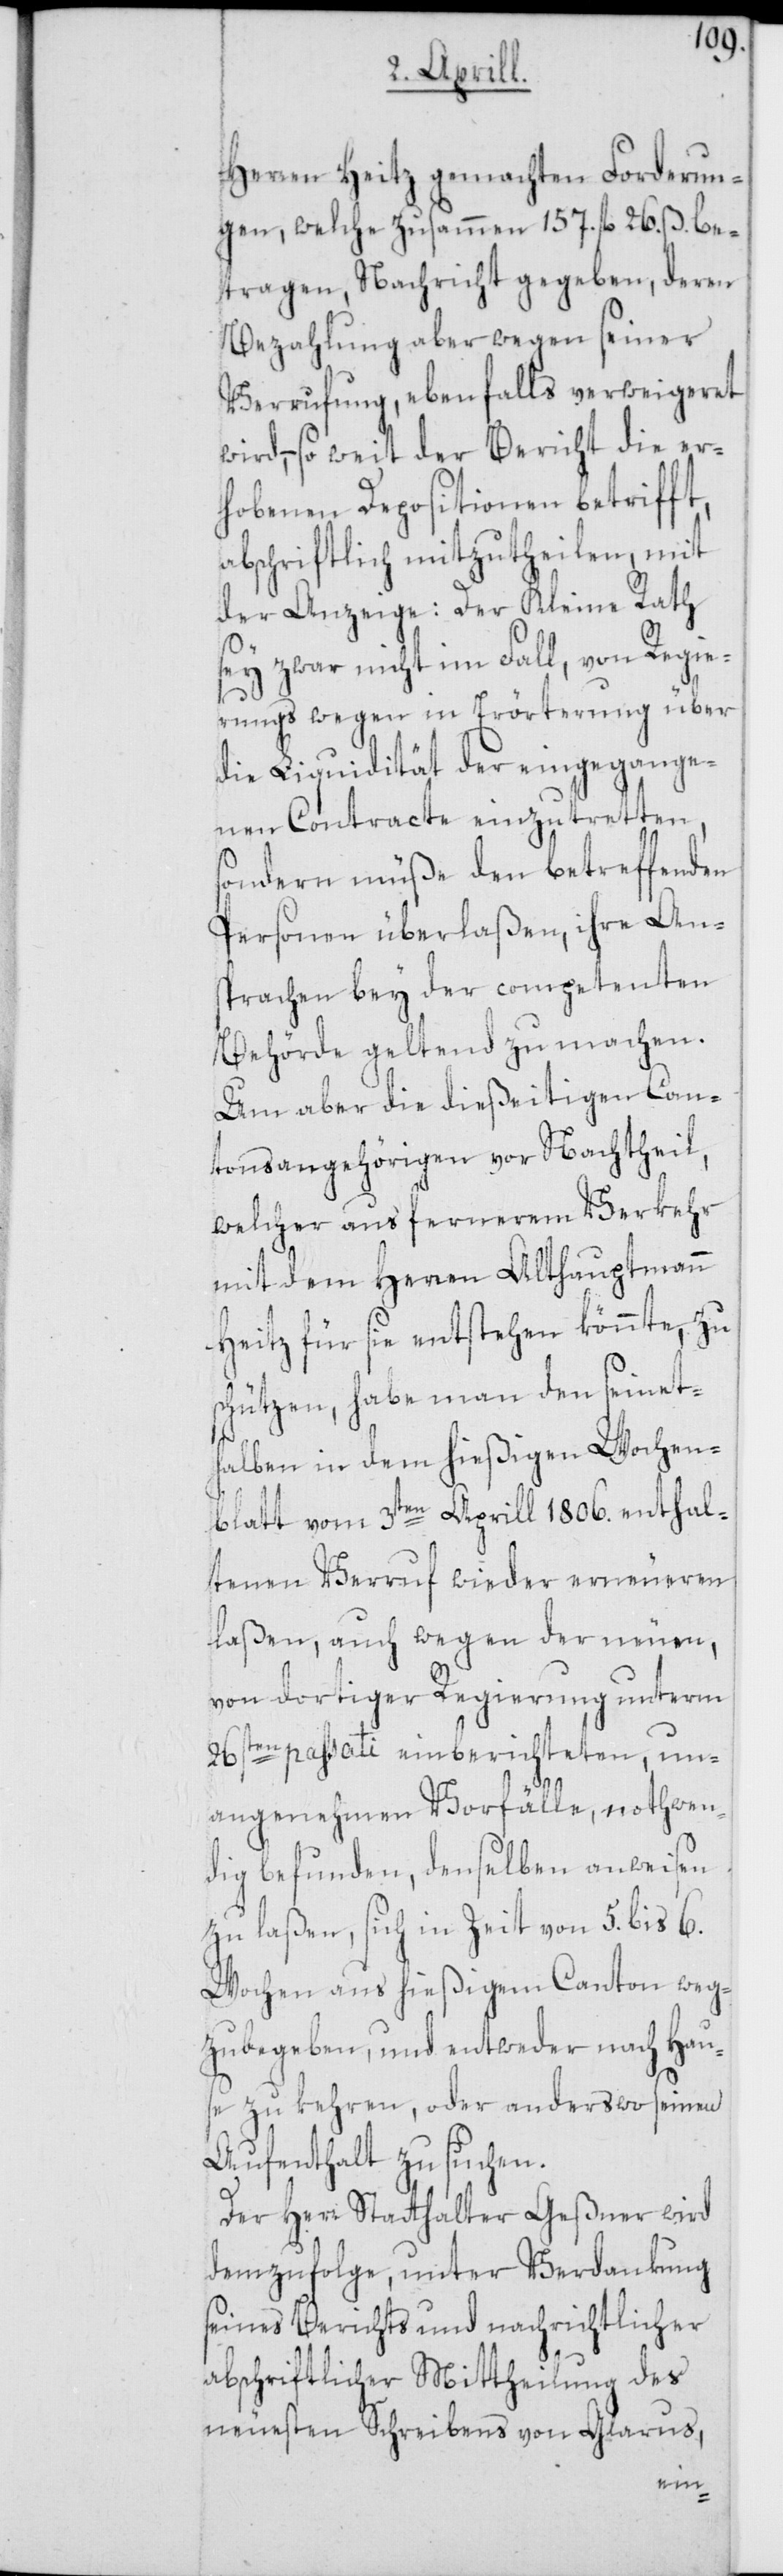
Herren Heitz gemachten Forderun¬
gen, welche zusammen 157. fl. 26. ß. be¬
tragen, Nachricht gegeben, deren
Bezahlung aber wegen seiner
Verrufung, ebenfalls verweigeret
wird, – so weit der Bericht die er¬
hobenen Depositionen betriff¬
abschriftlich mitzutheilen, mit
der Anzeige: Der Kleine Rath
sey zwar nicht im Fall, von Regie¬
t,
rungs wegen in Erörterung über
die Liquidität der eingegange¬
nen Contracte einzutretten,
sondern müße den betreffenden
Personen überlaßen, ihre Ans¬
prachen bey der competenten
Behörde geltend zu machen.
Um aber die dießeitigen Can¬
tonsangehörigen vor Nachtheil,
welcher aus fernerem Verkehr
mit dem Herren Althauptmann
Heitz für sie entstehen könnte, zu
schützen, habe man den seinet¬
halben in dem hießigen Wochen¬
blatt vom 3ten Aprill 1806. enthal¬
tenen Verruf wieder erneueren
laßen, auch wegen der neuen,
von dortiger Regierung unterm
26sten passati einberichteten, un¬
angenehmen Vorfälle, nothwen¬
dig befunden, denselben anweisen
zu laßen, sich in Zeit von 5. bis 6.
Wochen aus hießigem Canton weg¬
zubegeben, und entweder nach Hau¬
se zu kehren, oder anderswo seinen
Aufenthalt zu suchen.
Der Herr Statthalter Geßner wird
demzufolge, unter Verdankung
seines Berichts und nachrichtlicher
abschriftlicher Mittheilung des
neuesten Schreibens von